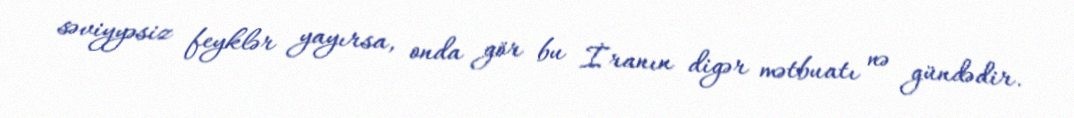
səviyyəsiz feyklər yayırsa, onda gör bu İranın digər mətbuatı nə gündədir.